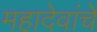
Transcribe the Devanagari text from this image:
महादेवांचे